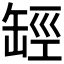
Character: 𦈵